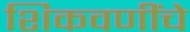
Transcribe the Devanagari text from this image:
शिकवणींचे